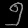
Digit: ၅